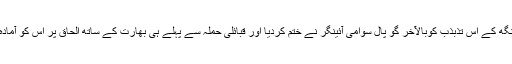
ہری سنگھ کے اس تذبذب کوبالآخر گو پال سوامی آئینگر نے ختم کردیا اور قبائلی حملہ سے پہلے ہی بھارت کے ساتھ الحاق پر اس کو آمادہ کردیا۔